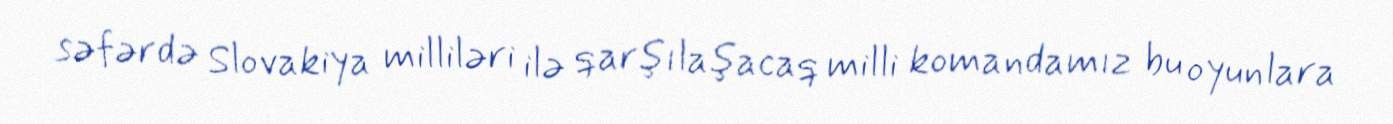
səfərdə Slovakiya milliləri ilə qarşılaşacaq milli komandamız bu oyunlara